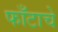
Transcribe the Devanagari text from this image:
फाँटाचे